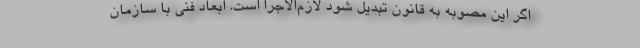
اگر این مصوبه به قانون تبدیل شود لازم‌الاجرا است. ابعاد فنی با سازمان